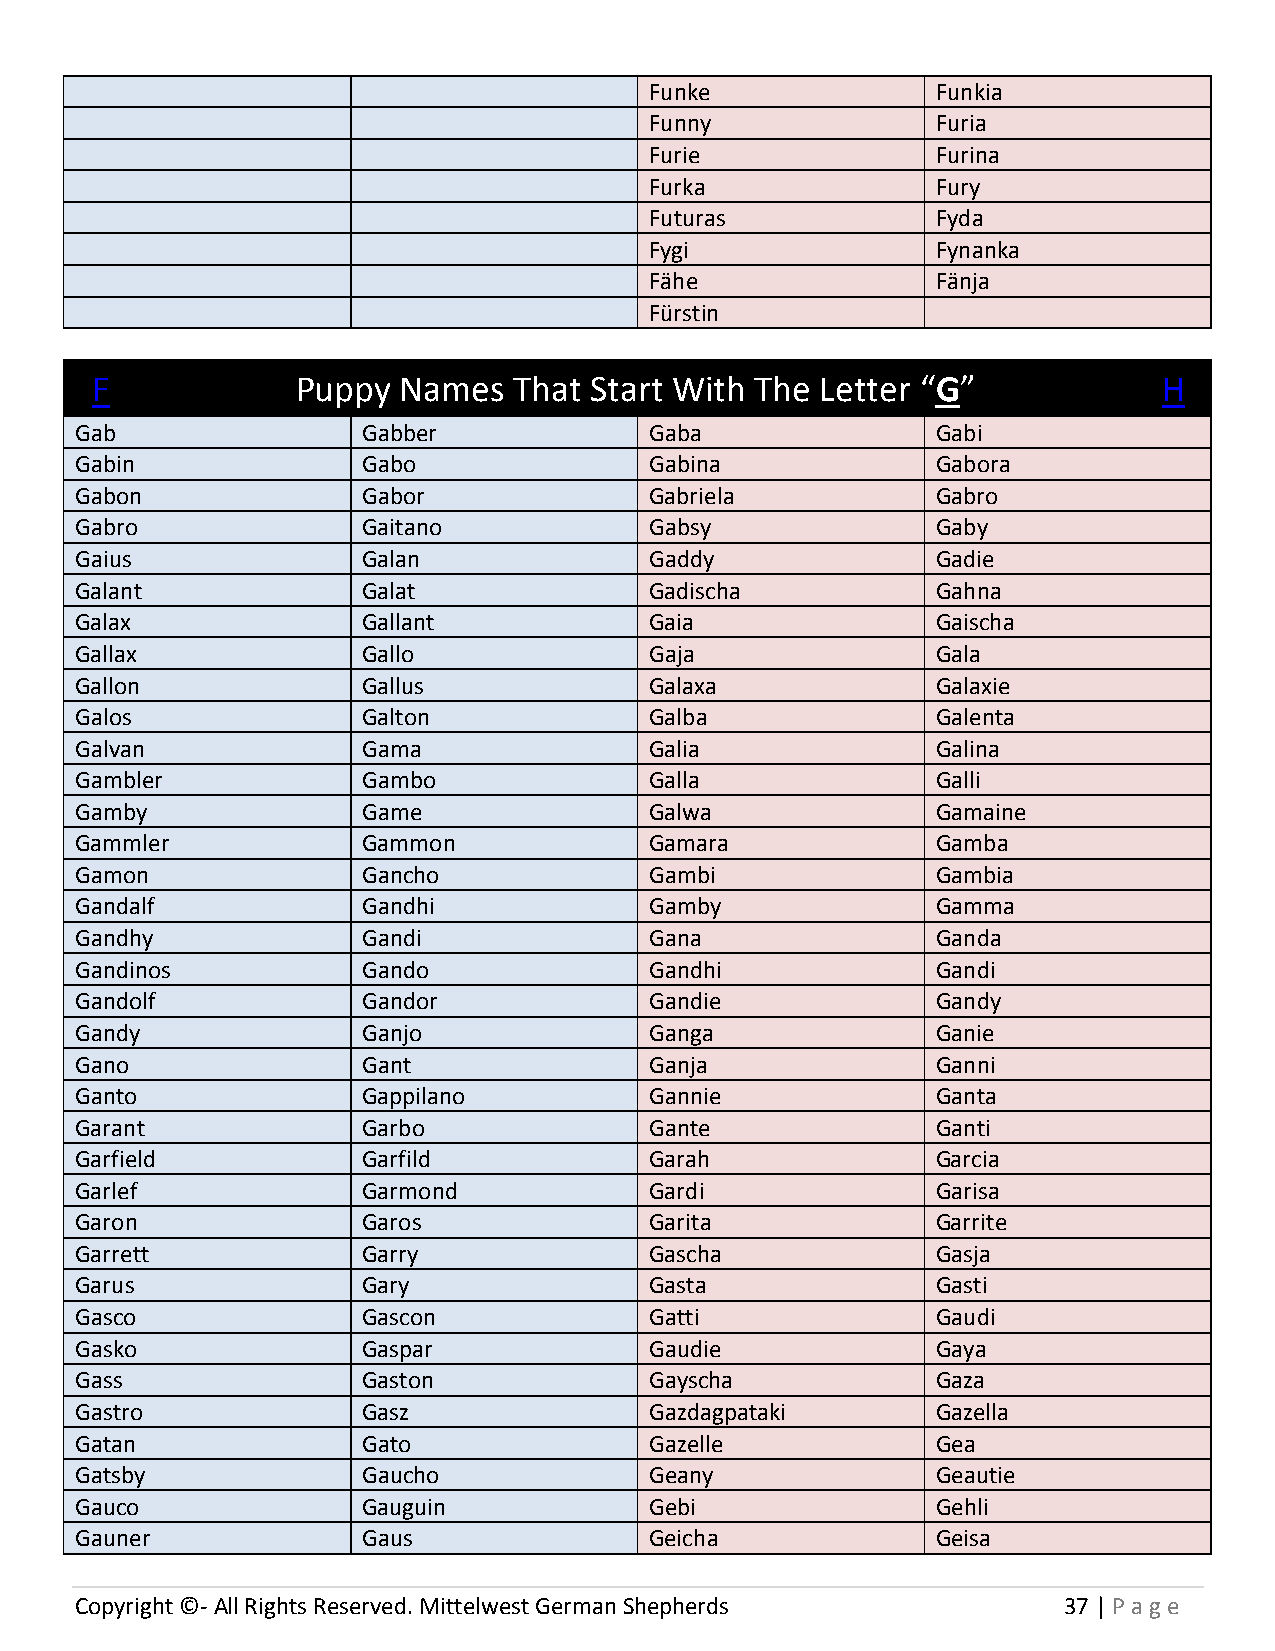
Funke              Funkia
 Funny              Furia
 Furie              Furina
 Furka              Fury
 Futuras            Fyda
 Fygi               Fynanka
 Fähe               Fänja
 Fürstin
 F             Puppy Names   That Start With The Letter “G”             H
 Gab                Gabber             Gaba               Gabi
 Gabin              Gabo               Gabina             Gabora
 Gabon              Gabor              Gabriela           Gabro
 Gabro              Gaitano            Gabsy              Gaby
 Gaius              Galan              Gaddy              Gadie
 Galant             Galat              Gadischa           Gahna
 Galax              Gallant            Gaia               Gaischa
 Gallax             Gallo              Gaja               Gala
 Gallon             Gallus             Galaxa             Galaxie
 Galos              Galton             Galba              Galenta
 Galvan             Gama               Galia              Galina
 Gambler            Gambo              Galla              Galli
 Gamby              Game               Galwa              Gamaine
 Gammler            Gammon             Gamara             Gamba
 Gamon              Gancho             Gambi              Gambia
 Gandalf            Gandhi             Gamby              Gamma
 Gandhy             Gandi              Gana               Ganda
 Gandinos           Gando              Gandhi             Gandi
 Gandolf            Gandor             Gandie             Gandy
 Gandy              Ganjo              Ganga              Ganie
 Gano               Gant               Ganja              Ganni
 Ganto              Gappilano          Gannie             Ganta
 Garant             Garbo              Gante              Ganti
 Garfield           Garfild            Garah              Garcia
 Garlef             Garmond            Gardi              Garisa
 Garon              Garos              Garita             Garrite
 Garrett            Garry              Gascha             Gasja
 Garus              Gary               Gasta              Gasti
 Gasco              Gascon             Gatti              Gaudi
 Gasko              Gaspar             Gaudie             Gaya
 Gass               Gaston             Gayscha            Gaza
 Gastro             Gasz               Gazdagpataki       Gazella
 Gatan              Gato               Gazelle            Gea
 Gatsby             Gaucho             Geany              Geautie
 Gauco              Gauguin            Gebi               Gehli
 Gauner             Gaus               Geicha             Geisa
 Copyright ©- All Rights Reserved. Mittelwest German Shepherds    37 | P age